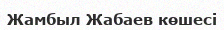
Жамбыл Жабаев көшесі